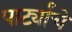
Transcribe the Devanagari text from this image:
पार्ट्यांचे